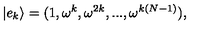
| e _ { k } \rangle = ( 1 , \omega ^ { k } , \omega ^ { 2 k } , . . . , \omega ^ { k ( N - 1 ) } ) ,